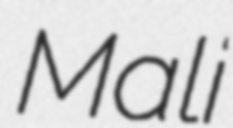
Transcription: Mali